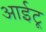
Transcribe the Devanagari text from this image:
आईटू